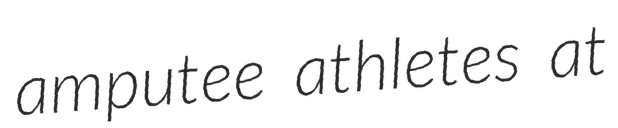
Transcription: amputee athletes at